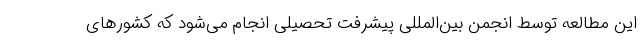
این مطالعه توسط انجمن بین‌المللی پیشرفت تحصیلی انجام می‌شود که کشورهای